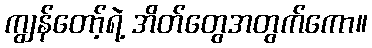
ကျွန်တော့်ရဲ့ အိတ်တွေအတွက်ကော။